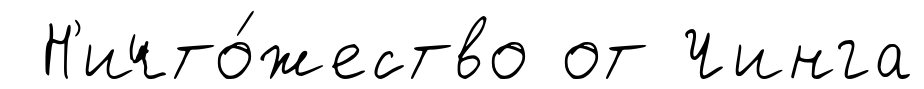
Н'ичто́жество от Чинга